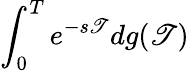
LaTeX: \int_{0}^{T}e^{-s\mathscr{T}}dg(\mathscr{T})